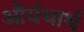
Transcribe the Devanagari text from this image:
और्यथार्थ